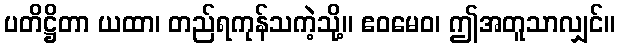
ပတိဋ္ဌိတာ ယထာ၊ တည်ရကုန်သကဲ့သို့။ ဧဝမေဝ၊ ဤအတူသာလျှင်။